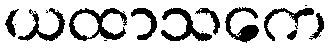
ယထာသကေ